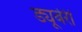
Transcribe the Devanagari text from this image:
ड्यूबेरी